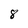
Character: 8